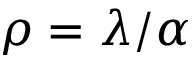
\rho = \lambda / \alpha